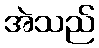
အဲသည်